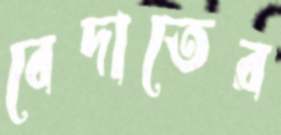
বেদাতের